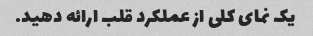
یک نمای کلی از عملکرد قلب ارائه دهید.